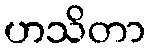
ဟသိတာ